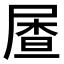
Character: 𱚼